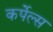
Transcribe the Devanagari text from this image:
कर्पेल्स